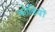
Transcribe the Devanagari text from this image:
कोढियों